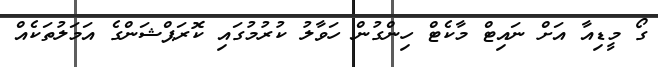
ގޯ މީޑިއާ އަށް ނައިޓް މާކެޓް ހިންގުން ހަވާލު ކުރުމުގައި ކޮރަޕްޝަންގެ އަމަލުތަކެއް